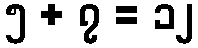
၅ + ၇ = ၁၂